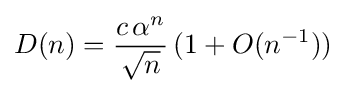
D(n)={\frac {c\,\alpha ^{n}}{\sqrt {n}}}\,(1+O(n^{-1}))